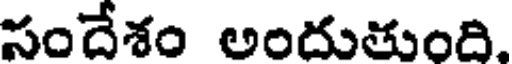
సందేశం అందుతుంది.